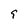
Character: 9